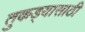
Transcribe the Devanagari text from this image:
तुकड्यासाठी